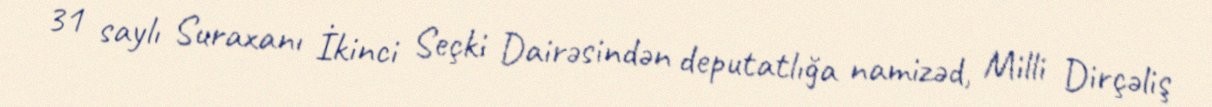
31 saylı Suraxanı İkinci Seçki Dairəsindən deputatlığa namizəd, Milli Dirçəliş